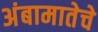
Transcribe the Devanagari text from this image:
अंबामातेचे